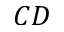
C D